Annual report on the working of the mental hospitals in the Madras Presidency - 1912-1932
Year: 1912
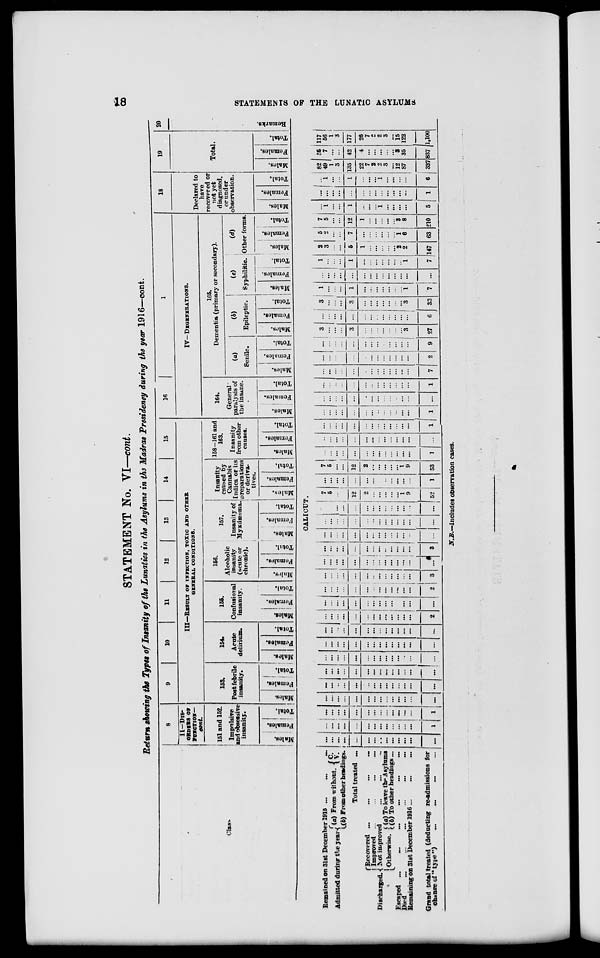
18
STATEMENTS OF THE LUNATIC ASYLUMS
STATEMENT No. VI—cont.
Return showing the Types of Insanity of the Lunatics in the Asylums in the Madras Presidency during the year 1916—cont.
Class
8
II—DIS-
ORDERS OF
FUNCTION—
cont.
151 and 152.
Impulsive
and obsessive
insanity.
Males.
Females.
Total.
9
10
11
12
13
14
15
III—RESULT OF INFECTION, TOXIC AND OTHER
GENERAL CONDITIONS.
153.
Post febrile
insanity.
Males.
Females.
Total.
154.
Acute
delirium.
Males.
Females.
Total.
155.
Confusional
insanity.
Males.
Females.
Total.
156.
Alcoholic
insanity
(acute or
chronic).
Males.
Females.
Total.
157.
Insanity of
Myxdæema.
Males.
Females.
Total.
Insanity
caused by
Cannabis
Indica or its
preparations
or deriva-
tives.
Males.
Females.
Total.
158-161 and
163.
Insanity
from other
causes.
Males.
Females.
Total.
16
17
IV—DEGENERATIONS.
164.
General
paralysis of
the insane.
Males.
Females.
Total.
165.
Dementia (primary or secondary).
(a)
Senile.
Males.
Females.
Total.
(b)
Epileptic.
Males.
Females.
Total.
(c)
Syphilitic.
Males.
Females.
Total.
(d)
Other forms.
Males.
Females.
Total.
18
Declared to
have
recovered or
not yet
diagnosed,
or under
observation.
Males.
Females.
Total.
19
Total.
Males.
Females.
Total.
20
Remarks.
CALICUT.
Remained on 31st December 1915 ...
...
...
Admitted during the year (a) From without. C. V.
(b) From other headings.
Total treated ...
Discharged.
Recovered ... ... ... ...
Improved ... ... ... ...
Not improved ... ... ...
Otherwise. (a) To leave the Asylums
(b) To other headings ...
Escaped
...
...
...
...
...
...
Died
...
...
...
...
...
...
Remaining on 31st December 1916 ...
...
...
Grand total treated (deducting re-admissions for
chance of "type") ... ... ... ...
...
...
...
...
...
...
...
...
...
...
...
...
...
...
...
...
...
...
...
...
...
...
...
...
...
...
...
1
...
...
...
...
...
...
...
...
...
...
...
...
...
1
...
...
...
...
...
...
...
...
...
...
...
...
...
...
...
...
...
...
...
...
...
...
...
...
...
...
...
...
...
...
...
...
...
...
...
...
...
...
...
...
...
...
...
...
...
...
...
...
...
...
...
...
...
...
...
...
...
...
...
...
...
...
...
...
...
...
...
...
...
...
...
...
...
...
...
...
...
...
...
...
...
...
...
...
...
...
...
...
...
...
...
...
...
...
...
...
...
2
...
...
...
...
...
...
...
...
...
...
...
...
...
...
...
...
...
...
...
...
...
...
...
...
...
...
...
2
...
...
...
...
...
...
...
...
...
...
...
...
...
3
...
...
...
...
...
...
...
...
...
...
...
...
...
...
...
...
...
...
...
...
...
...
...
...
...
...
...
3
...
...
...
...
...
...
...
...
...
...
...
...
...
...
...
...
...
...
...
...
...
...
...
...
...
...
...
...
...
...
...
...
...
...
...
...
...
...
...
...
...
...
7
5
...
...
12
2
...
...
...
...
...
1
9
52
...
...
...
...
...
...
...
...
...
...
...
...
...
1
7
5 ...
...
12
2
...
...
...
...
...
1
9
53
...
...
...
...
...
...
...
...
...
...
...
...
...
1
...
...
...
...
...
...
...
...
...
...
...
...
...
...
...
...
...
...
...
...
...
...
...
...
...
...
...
1
...
...
...
...
...
...
...
...
...
...
...
...
...
1
...
...
...
...
...
...
...
...
...
...
...
...
...
...
...
...
...
...
...
...
...
...
...
...
...
...
...
1
...
...
...
...
...
...
...
...
...
...
...
...
...
7
...
...
...
...
...
...
...
...
...
...
...
...
...
2
...
...
...
...
...
...
...
...
...
...
...
...
...
9
3
...
...
...
3
...
...
...
...
...
...
...
3
27
...
...
...
...
...
...
...
...
...
...
...
...
...
6
3
...
...
...
3
...
...
...
...
...
...
...
3
33
1
...
...
...
1
...
...
...
...
...
...
...
1
7
...
...
...
...
...
...
...
...
...
...
...
...
...
...
1
...
...
...
1
...
...
...
...
...
...
...
1
7
2
3
...
...
5
1
...
...
...
...
...
2
2
147
5
2
...
...
7
...
...
...
...
...
... 1
6
63
7
5
...
...
12
1
...
...
...
...
...
3
8
210
...
1
...
...
1
...
...
...
1
...
...
...
...
5
...
...
...
...
...
...
...
...
...
...
...
...
...
1
...
1
...
...
1
...
...
...
1
...
...
...
...
6
82
49
1
3
135
22
7
2
2
3
...
12
87
337
35
7
...
...
42
4
...
...
...
...
...
3
35
837
117
56
1
3
177
26
7
2
2
3
...
15
122
1,100
N.B.—Includes observation cases.